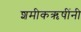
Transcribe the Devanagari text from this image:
शमीकऋषींनी